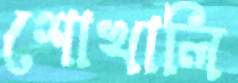
শোখালি